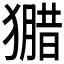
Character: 𱮢